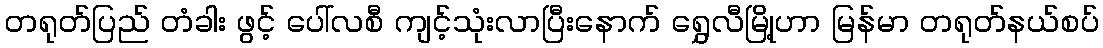
တရုတ်ပြည် တံခါး ဖွင့် ပေါ်လစီ ကျင့်သုံးလာပြီးနောက် ရွှေလီမြို့ဟာ မြန်မာ တရုတ်နယ်စပ်